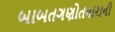
બાબતગણોતધારાની